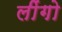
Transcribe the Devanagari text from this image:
लींगो